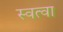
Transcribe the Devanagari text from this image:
स्वत्वा